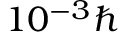
1 0 ^ { - 3 } \hbar